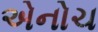
એનોચ